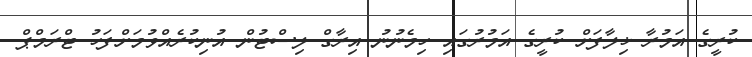
ކުރީގެ އަމުރާ ޚިލާފަށް ކުރީގެ އަމުރުގައި ހިމެނުނު އިރާގް ލިސްޓުން އުނިކުރެއްވުމަށްފަހު ޓްރަމްޕް